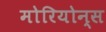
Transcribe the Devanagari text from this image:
मोरियोन्स